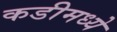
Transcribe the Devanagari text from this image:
कडीमध्ये